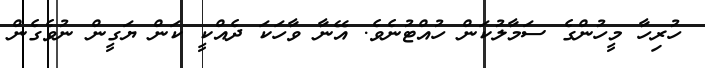
ހުރިހާ މީހުންގެ ސަމާލުކަން ހުއްޓުނެވެ. އޭނާ ވާހަކަ ދެއްކީ ކަން ޔަގީން ނުވެގެން